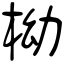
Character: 柪